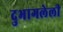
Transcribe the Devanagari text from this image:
दुभागलेली